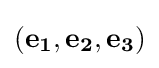
(\mathbf {e_{1}} ,\mathbf {e_{2}} ,\mathbf {e_{3}} )